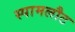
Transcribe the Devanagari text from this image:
स्पामलौट